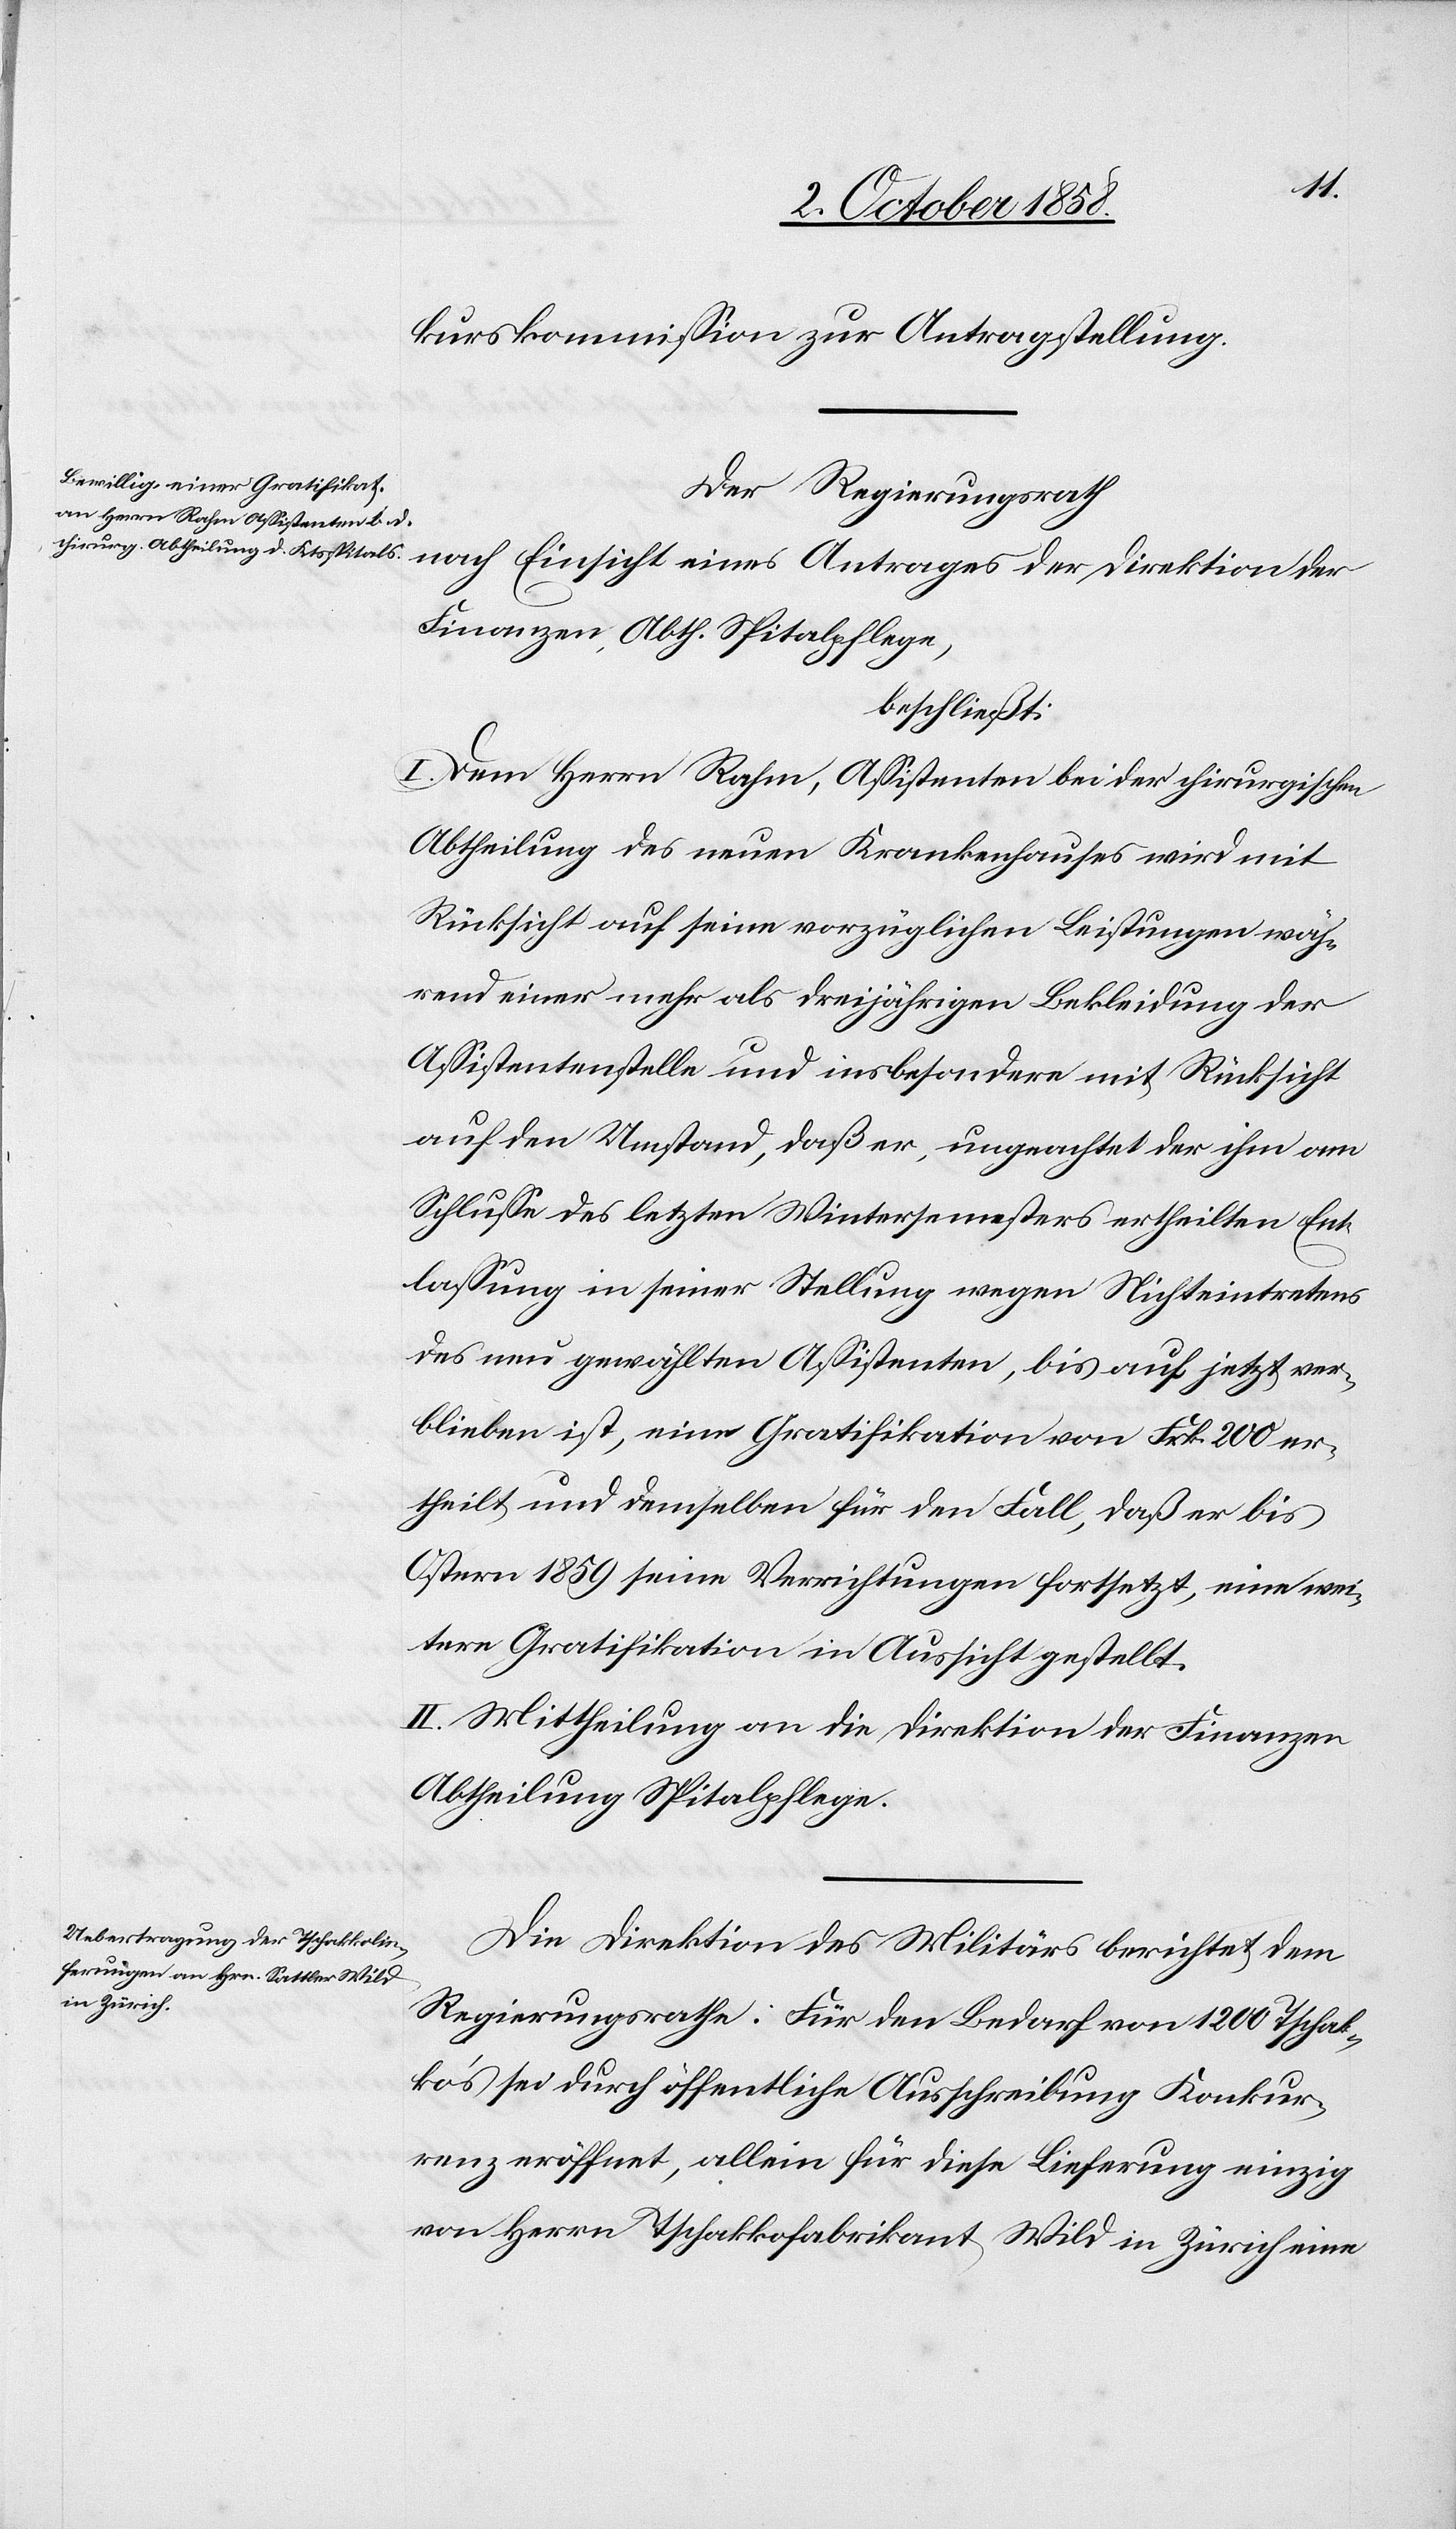
kurskommission zur Antragstellung.
Der Regierungsrath
Finanzen, Abth. Spitalpflege,
beschließt:
I. Dem Herrn Rahm, Assistenten bei der chirurgischen
Abtheilung des neuen Krankenhauses wird mit
Rücksicht auf seine vorzüglichen Leistungen wäh¬
rend einer mehr als dreijährigen Bekleidung der
Assistentenstelle und insbesondere mit Rücksicht
auf den Umstand, daß er, ungeachtet der ihm am
Schlusse des letzten Wintersemesters ertheilten Ent¬
lassung in seiner Stellung wegen Nichteintretens
des neu gewählten Assistenten, bis auf jetzt ver¬
blieben ist, eine Gratifikation von Frk. 200 er¬
theilt und demselben für den Fall, daß er bis
Ostern 1859 seine Verrichtungen fortsetzt, eine wei¬
tere Gratifikation in Aussicht gestellt.
II. Mittheilung an die Direktion der Finanzen
Abtheilung Spitalpflege.
Die Direktion des Militärs berichtet dem
Regierungsrathe: Für den Bedarf von 1200 Tschak¬
ko’s sei durch öffentliche Ausschreibung Konkur¬
renz eröffnet, allein für diese Lieferung einzig
von Herrn Tschakkofabrikant Wild in Zürich eine